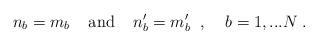
LaTeX: \begin{align*}n_b = m_b \; \; \; \; \mbox{and} \; \; \; \;n^\prime_b = m^\prime_b \; \; , \; \; \; \; b = 1,...N \; .\end{align*}